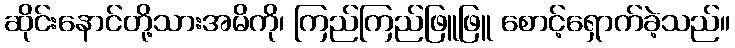
ဆိုင်းနောင်တို့သားအမိကို၊ ကြည်ကြည်ဖြူဖြူ စောင့်ရှောက်ခဲ့သည်။